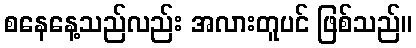
စနေနေ့သည်လည်း အလားတူပင် ဖြစ်သည်။